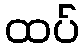
ထပ်